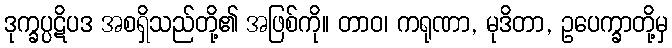
ဒုက္ခပ္ပဋိပဒ အစရှိသည်တို့၏ အဖြစ်ကို။ တာဝ၊ ကရုဏာ, မုဒိတာ, ဥပေက္ခာတို့မှ